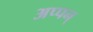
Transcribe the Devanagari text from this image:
अप्पन्